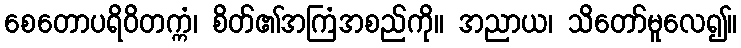
စေတောပရိဝိတက္ကံ၊ စိတ်၏အကြံအစည်ကို။ အညာယ၊ သိတော်မူလေ၍။